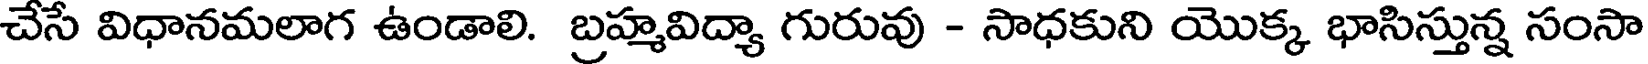
చేసే విధానమలాగ ఉండాలి. బ్రహ్మవిద్యా గురువు - సాధకుని యొక్క భాసిస్తున్న సంసా